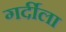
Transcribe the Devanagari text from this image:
गर्दीला